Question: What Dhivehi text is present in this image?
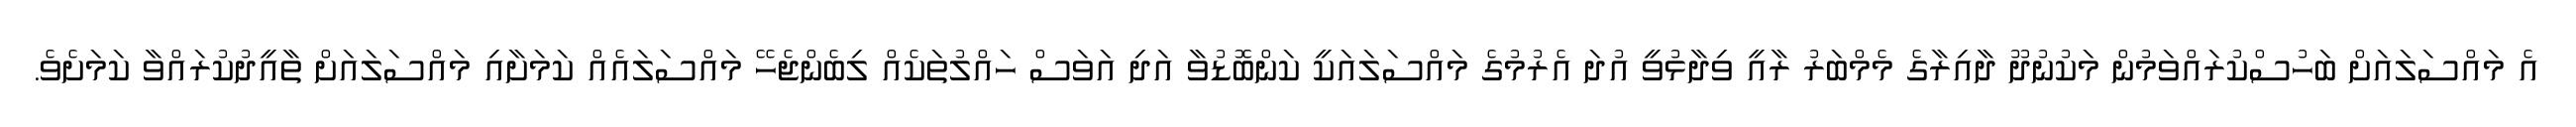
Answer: އެ މައްސަލައަށް ބަހުސްކުރައްވަމުން މަކުނުދޫ ދާއިރާގެ މެމްބަރު ރާއީ ވިދާޅުވީ އުދަ އެރުމުގެ މައްސަލައަކީ ކަންބޮޑުވާ އަދި އަވަސް ހައްލުތަކެއް ލިބެންޖެހޭ މައްސަލައެއް ކަމަށާއި މައްސަލައަށް ތާއީދުކުރައްވާ ކަމަށެވެ.